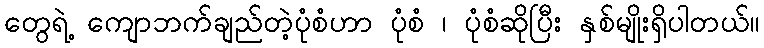
တွေရဲ့ ကျောဘက်ချည်တဲ့ပုံစံဟာ ပုံစံ ၊ ပုံစံဆိုပြီး နှစ်မျိုးရှိပါတယ်။